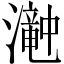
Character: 𤁘